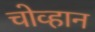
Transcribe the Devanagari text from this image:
चोव्हान